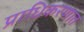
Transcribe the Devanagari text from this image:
प्राधिकरणात